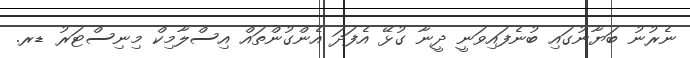
ނެރުނު ބަޔާނުގައި ބުނެފައިވަނީ ދީނާ ގުޅޭ އެފަދަ އެންގުންތައް އިސްލާމިކް މިނިސްޓަރު ޑރ.